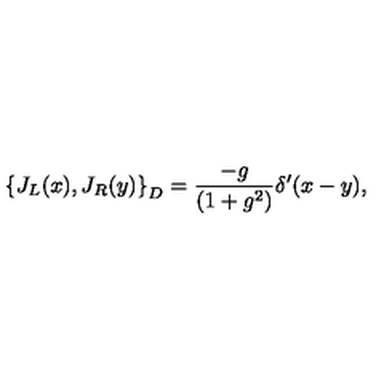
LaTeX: \left\{ J _ { L } ( x ) , J _ { R } ( y ) \right\} _ { D } = \frac { - g } { ( 1 + g ^ { 2 } ) } \delta ^ { \prime } ( x - y ) ,